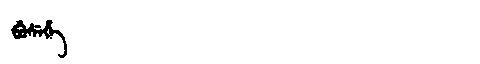
Manchu: ᠪᡠᠰᡝᡥᡝ
Romanization: BUSEHE